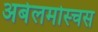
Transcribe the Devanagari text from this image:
अबेलमोस्चस